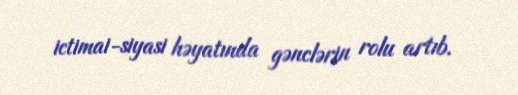
ictimai-siyasi həyatında gənclərin rolu artıb.